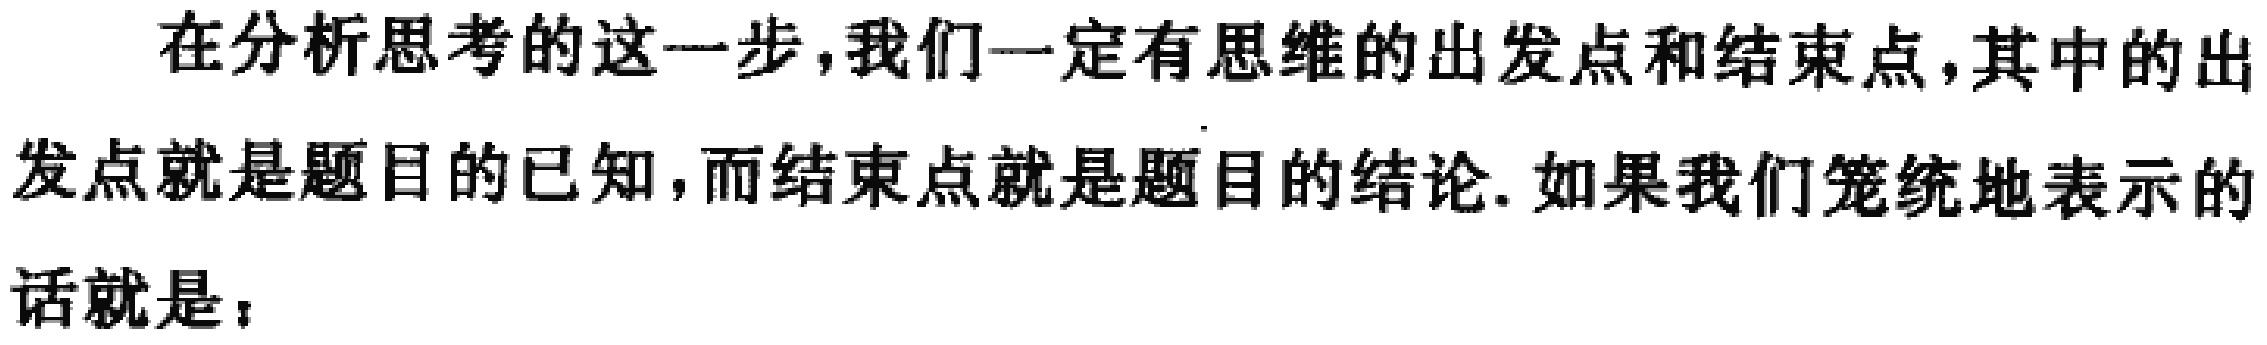
在分析思考的这一步，我们一定有思维的出发点和结束点，其中的出发点就是题目的已知，而结束点就是题目的结论. 如果我们笼统地表示的话就是：